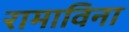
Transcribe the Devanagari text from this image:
रामाविना